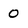
Character: 0